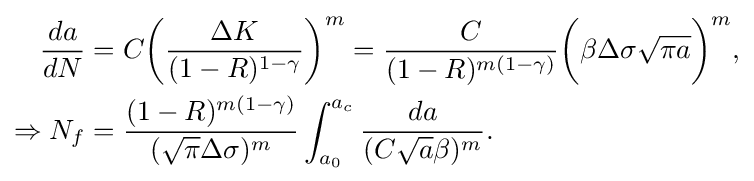
{\begin{aligned}{da \over dN}&=C{\bigg (}{\frac {\Delta K}{(1-R)^{1-\gamma }}}{\bigg )}^{m}={\frac {C}{(1-R)^{m(1-\gamma )}}}{\bigg (}\beta \Delta \sigma {\sqrt {\pi a}}{\bigg )}^{m},\\\Rightarrow N_{f}&={\frac {(1-R)^{m(1-\gamma )}}{({\sqrt {\pi }}\Delta \sigma )^{m}}}\int _{a_{0}}^{a_{c}}{\frac {da}{(C{\sqrt {a}}\beta )^{m}}}.\end{aligned}}